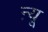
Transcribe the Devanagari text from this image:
ऩ्यू